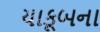
યાકૂબના